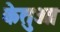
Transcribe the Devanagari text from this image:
केतुआ